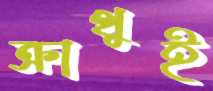
ক্রাথুই